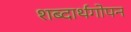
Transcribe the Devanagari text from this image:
शब्दार्थगोपन